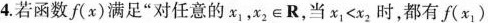
4.若函数f(x)满足”对任意的x_{1}，$$x_{2}∈R$$，当$$x_{1}<x_{2}$$时，都有$$f(x_{1})